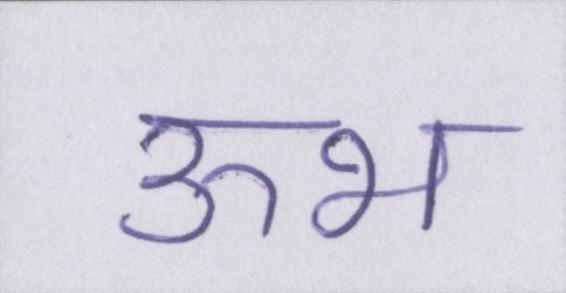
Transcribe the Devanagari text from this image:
ऊभ